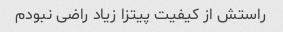
راستش از کیفیت پیتزا زیاد راضی نبودم